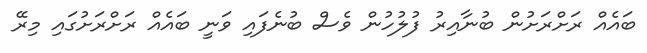
ބައެއް ރަށްރަށުން ބުނާއިރު ފުލުހުން ވެސް ބުނެފައި ވަނީ ބައެއް ރަށްރަށުގައި މިރޭ